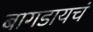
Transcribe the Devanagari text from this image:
बागडायचं